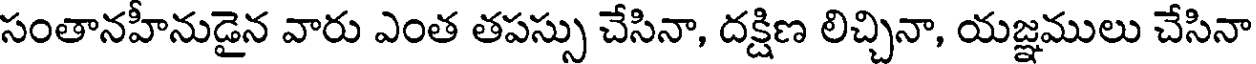
సంతానహీనుడైన వారు ఎంత తపస్సు చేసినా, దక్షిణ లిచ్చినా, యజ్ఞములు చేసినా